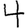
Digit: 4